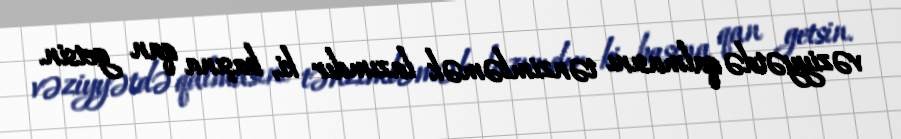
vəziyyətdə qalmasını tənzimləmək lazımdır ki, başına qan getsin.